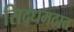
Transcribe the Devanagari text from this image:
सिद्धमठात